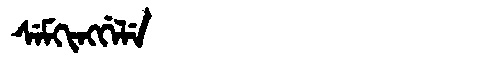
Manchu: ᠰᡝᠮᡴᡳᠩᡤᡝᠯᡝ
Romanization: SEMKINGGELE